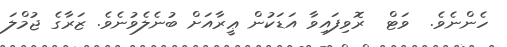
ހެންނެވެ.  ވަޓް  ރޮވިފައިވާ އަޑަކުން ޢީރާއަށް ބުނެލެވުނެވެ. ޒަރާގެ ޖުމްލަ